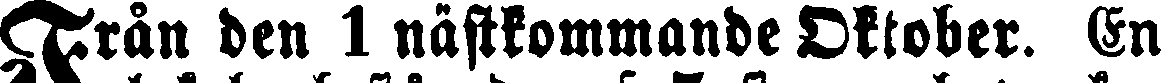
Från den 1 nästkommande Oktober. En